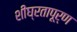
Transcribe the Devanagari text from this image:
शीघ्रतापूर्ण